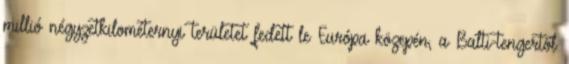
millió négyzetkilométernyi területet fedett le Európa közepén, a Balti-tengertől